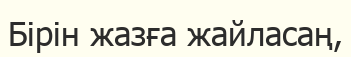
Бірін жазға жайласаң,